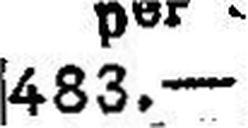
483.—